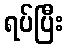
ရပ်ပြီး